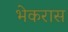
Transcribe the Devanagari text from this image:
भेकरास